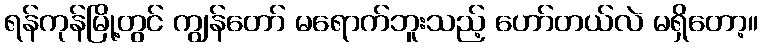
ရန်ကုန်မြို့တွင် ကျွန်တော် မရောက်ဘူးသည့် ဟော်တယ်လဲ မရှိတော့။